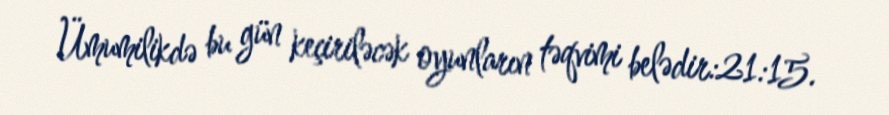
Ümumilikdə bu gün keçiriləcək oyunların təqvimi belədir:21:15.